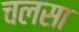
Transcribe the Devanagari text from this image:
चलसा